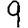
Digit: 9